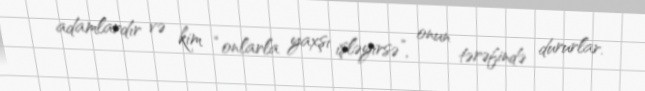
adamlardır və kim “onlarla yaxşı işləyirsə”, onun tərəfində dururlar.